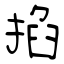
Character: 掐